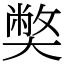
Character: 𡚁